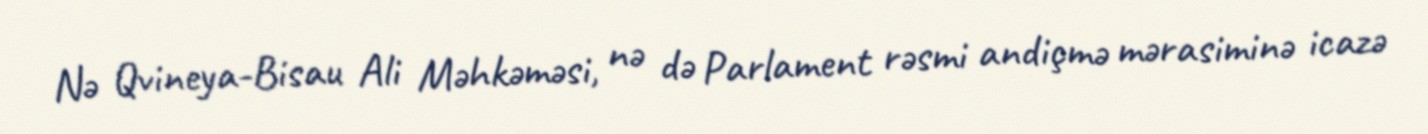
Nə Qvineya-Bisau Ali Məhkəməsi, nə də Parlament rəsmi andiçmə mərasiminə icazə